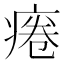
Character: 𤷄